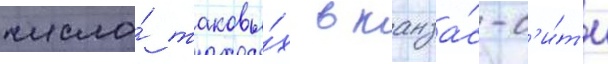
число́ таковы́х в канза́с-с'и́т'и